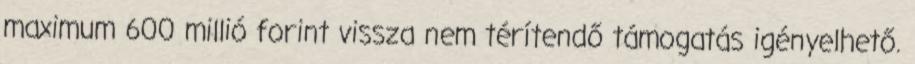
maximum 600 millió forint vissza nem térítendő támogatás igényelhető.